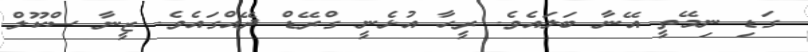
ގަޑި ނިމޭތީ އޭނާ ބަލައެވެ. ރީހާ އުޅެނީ ގްރޭޑް ދޭއްގައެވެ. ޒީނާ ސްކޫލް